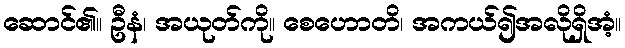
ဆောင်၏။ ဦနံ၊ အယုတ်ကို။ စေဟောတိ၊ အကယ်၍အလိုရှိအံ့။